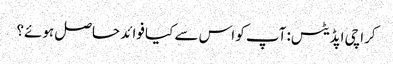
کراچی اپڈیٹس: آپ کو اس سے کیا فوائد حاصل ہوئے؟